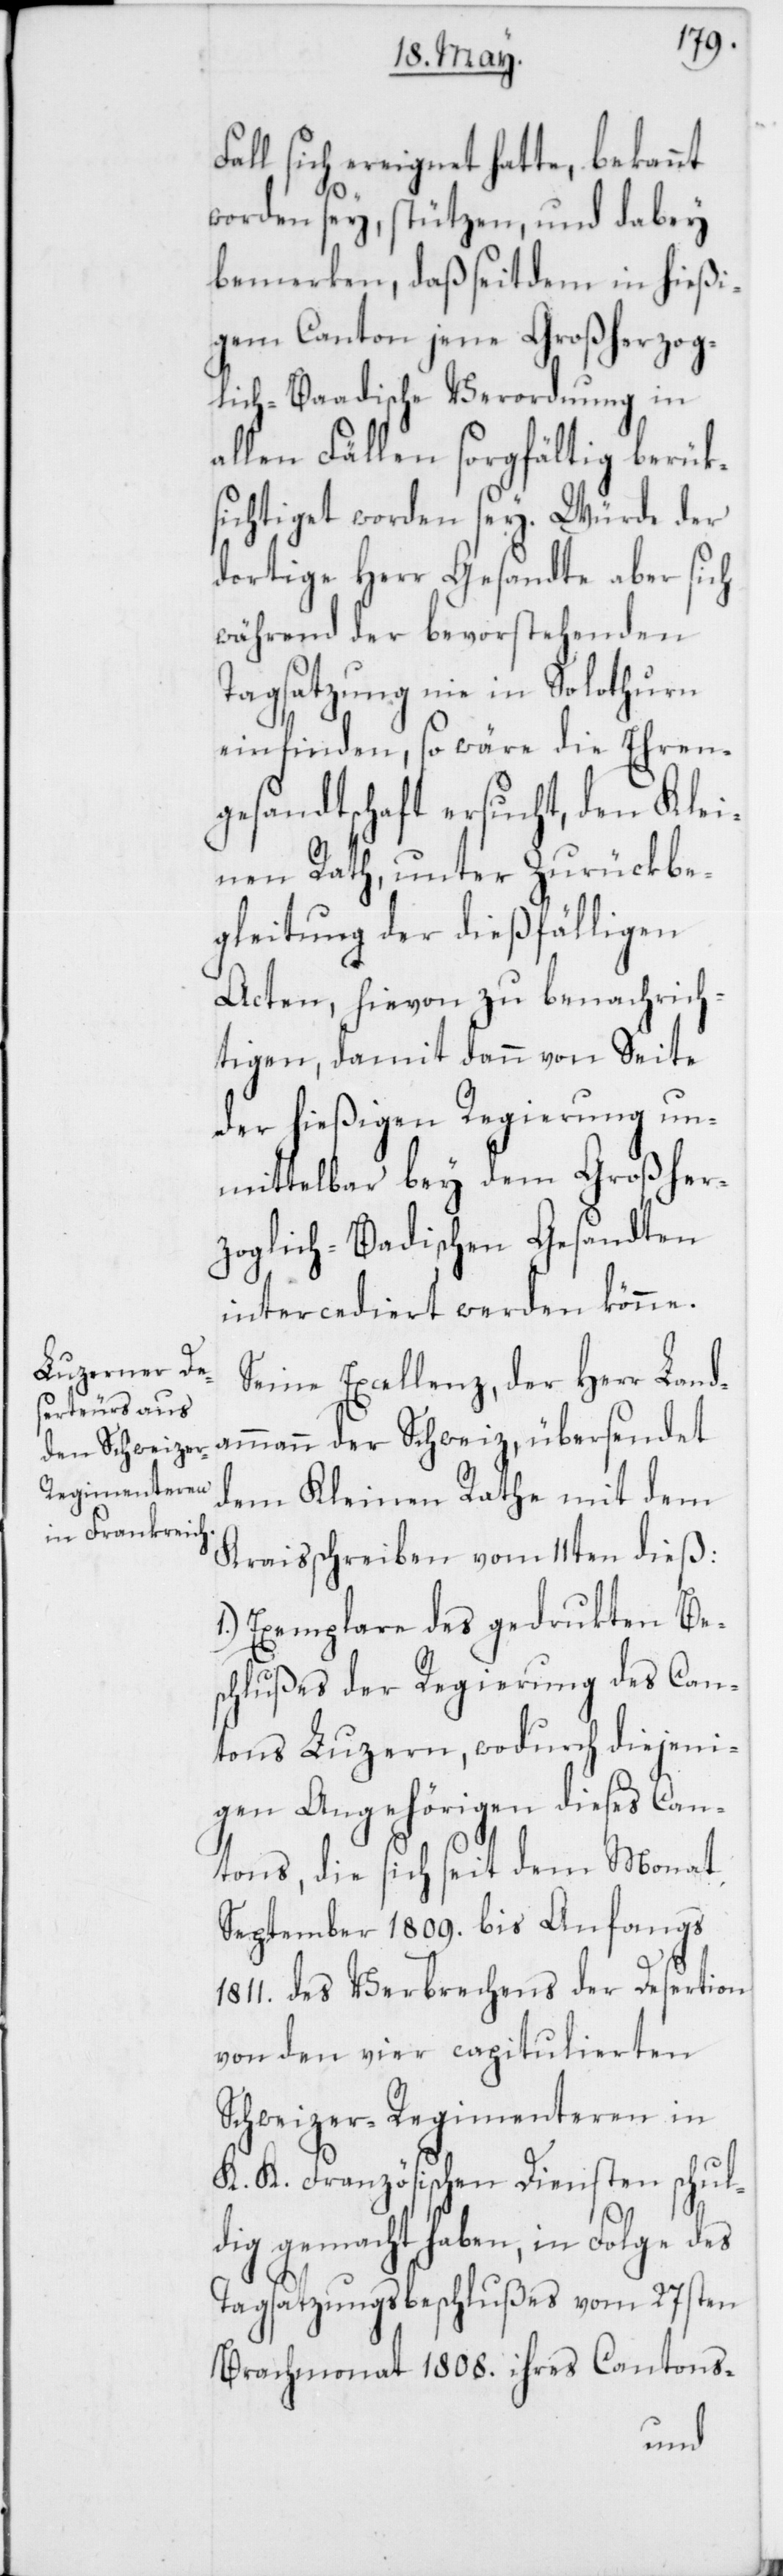
Fall sich ereignet hatte, bekannt
worden sey, stützen, und dabey
bemerken, daß seit dem in hießi¬
gem Canton jene Großherzog¬
lich-Baadische Verordnung in
allen Fällen sorgfältig berük¬
sichtiget worden sey. Würde der
dortige Herr Gesandte aber sich
während der bevorstehenden
Tagsatzung nie in Solothurn
einfinden, so wäre die Ehren¬
gesandtschaft ersucht, den Klei¬
nen Rath unter Zurückbe¬
gleitung der dießfälligen
Acten, hievon zu benachrich¬
tigen, damit dann von Seite
der hießigen Regierung un¬
mittelbar bey dem Großher¬
zoglich-Badischen Gesandten
intercediert werden könne.
Seine Excellenz, der Herr Land¬
ammann der Schweiz, übersendet
dem Kleinen Rathe mit dem
Kraisschreiben vom 11ten dieß:
Exemplare des gedrukten Be¬
schlußes der Regierung des Can¬
tons Luzern, wodurch diejeni¬
gen Angehörigen dieses Can¬
tons, die sich seit dem Monat
September 1809. bis Anfangs
1811. des Verbrechens der Desertion
von den vier capitulierten
Schweizer-Regimenteren in
K. K. Französischen Diensten schul¬
dig gemacht haben, in Folge des
Tagsatzungsbeschlußes vom 27sten
Brachmonat 1808. ihres Cantons-